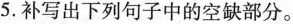
5.补写出下列句子中的空缺部分。